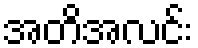
အတိအလင်း